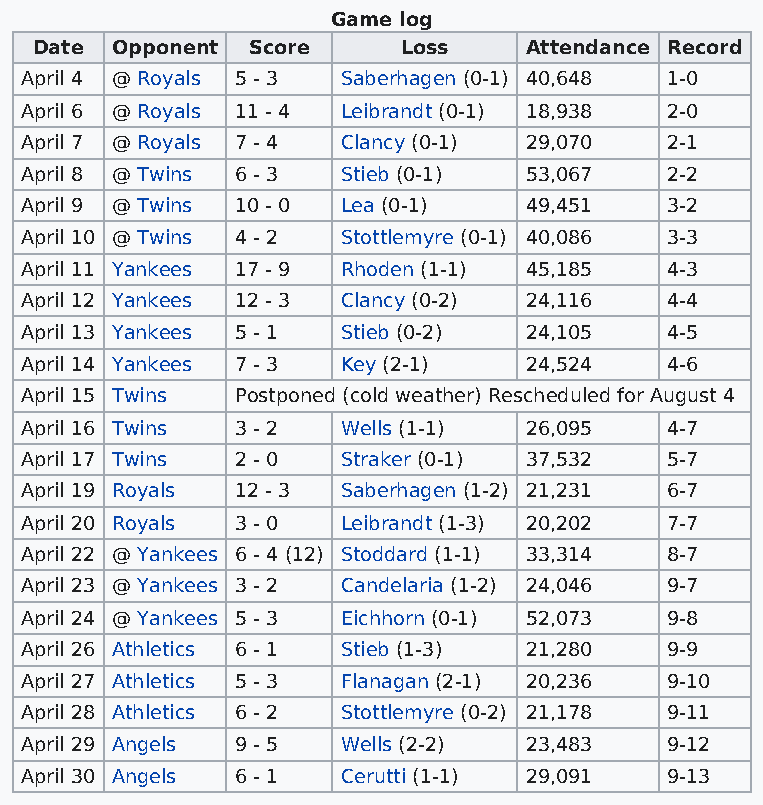
Game log
 Date Opponent Score      Loss    Attendance Record
 April 4 @ Royals 5 - 3 Saberhagen (0-1) 40,648 1-0
 April 6 @ Royals 11 - 4 Leibrandt (0-1) 18,938 2-0
 April 7 @ Royals 7 - 4 Clancy (0-1) 29,070 2-1
 April 8 @ Twins 6 - 3 Stieb (0-1) 53,067   2-2
 April 9 @ Twins 10 - 0 Lea (0-1)  49,451   3-2
 April 10 @ Twins 4 - 2 Stottlemyre (0-1) 40,086 3-3
 April 11 Yankees 17 - 9 Rhoden (1-1) 45,185 4-3
 April 12 Yankees 12 - 3 Clancy (0-2) 24,116 4-4
 April 13 Yankees 5 - 1 Stieb (0-2) 24,105  4-5
 April 14 Yankees 7 - 3 Key (2-1)  24,524   4-6
 April 15 Twins Postponed (cold weather) Rescheduled for August 4
 April 16 Twins 3 - 2  Wells (1-1) 26,095   4-7
 April 17 Twins 2 - 0  Straker (0-1) 37,532 5-7
 April 19 Royals 12 - 3 Saberhagen (1-2) 21,231 6-7
 April 20 Royals 3 - 0 Leibrandt (1-3) 20,202 7-7
 April 22 @ Yankees 6 - 4 (12) Stoddard (1-1) 33,314 8-7
 April 23 @ Yankees 3 - 2 Candelaria (1-2) 24,046 9-7
 April 24 @ Yankees 5 - 3 Eichhorn (0-1) 52,073 9-8
 April 26 Athletics 6 - 1 Stieb (1-3) 21,280 9-9
 April 27 Athletics 5 - 3 Flanagan (2-1) 20,236 9-10
 April 28 Athletics 6 - 2 Stottlemyre (0-2) 21,178 9-11
 April 29 Angels 9 - 5 Wells (2-2) 23,483   9-12
 April 30 Angels 6 - 1 Cerutti (1-1) 29,091 9-13